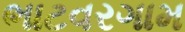
ભાટવરગામ